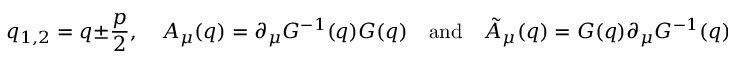
q _ { 1 , 2 } = q \pm \frac { p } { 2 } , \quad A _ { \mu } ( q ) = \partial _ { \mu } G ^ { - 1 } ( q ) G ( q ) \quad \mathrm { a n d } \quad \tilde { A } _ { \mu } ( q ) = G ( q ) \partial _ { \mu } G ^ { - 1 } ( q ) .